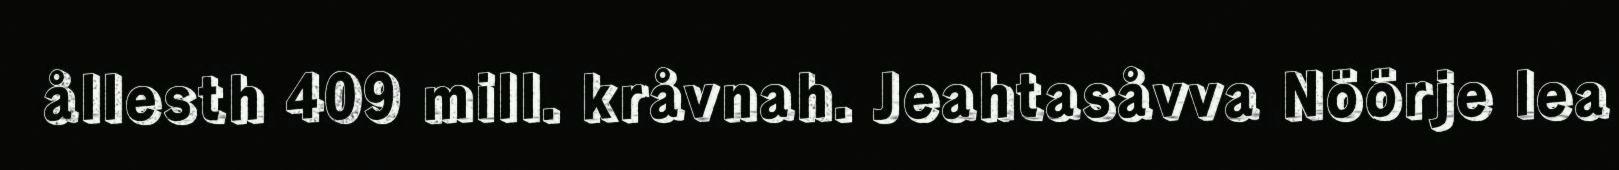
ållesth 409 mill. kråvnah. Jeahtasåvva Nöörje lea